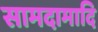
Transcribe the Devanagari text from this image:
सामदामादि